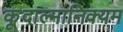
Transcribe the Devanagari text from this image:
कूदाल्मानिक्यम